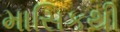
માસિકથી